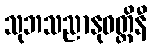
သုဘသညာနုဝတ္တိနီ